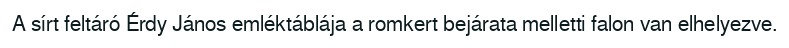
A sírt feltáró Érdy János emléktáblája a romkert bejárata melletti falon van elhelyezve.